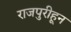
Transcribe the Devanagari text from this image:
राजपुरीहून